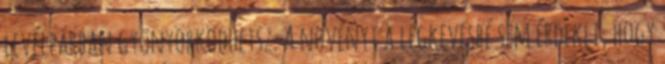
levélpárban gyönyörködhetsz. A növényt a legkevésbé sem érdekli, hogy